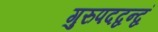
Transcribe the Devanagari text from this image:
गुरुपदद्वन्द्वं